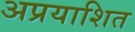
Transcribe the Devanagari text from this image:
अप्रयाशित